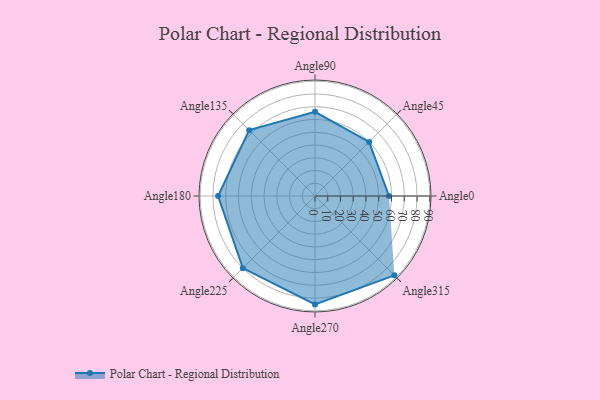
{"axis": {"x": "Angle", "y": "Radius"}, "legend": [""], "data": [{"x": "Angle0", "y": 58.0, "type": ""}, {"x": "Angle45", "y": 60.0, "type": ""}, {"x": "Angle90", "y": 66.0, "type": ""}, {"x": "Angle135", "y": 73.0, "type": ""}, {"x": "Angle180", "y": 76.0, "type": ""}, {"x": "Angle225", "y": 80.0, "type": ""}, {"x": "Angle270", "y": 85.0, "type": ""}, {"x": "Angle315", "y": 88.0, "type": ""}]}